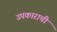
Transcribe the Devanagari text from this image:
उपकाराची